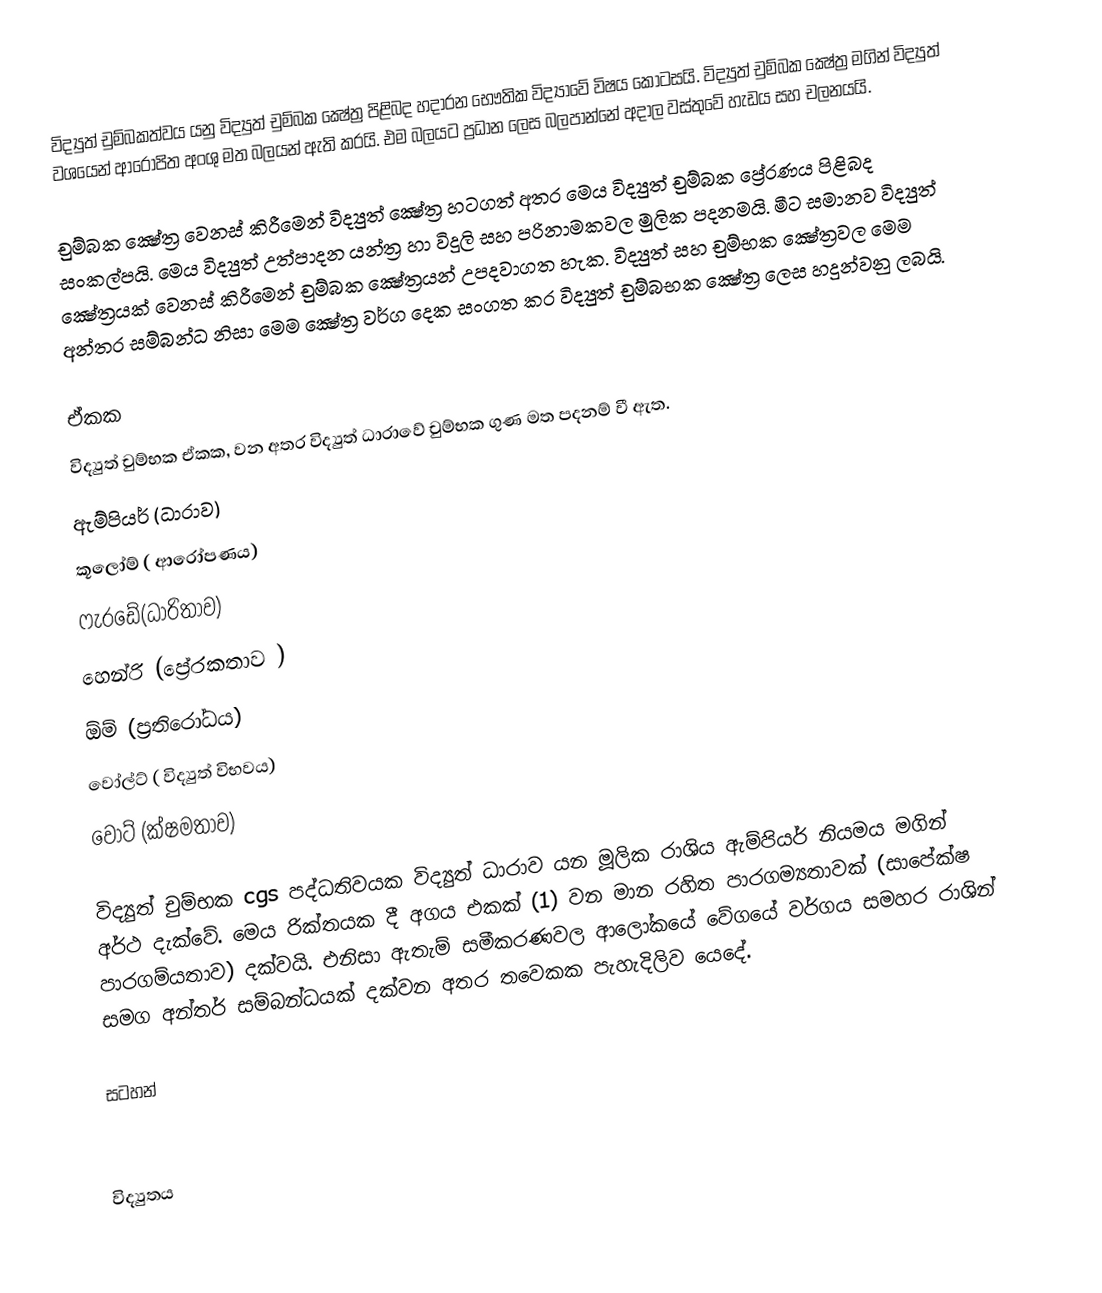
විද්‍යුත් චුම්බකත්වය යනු විද්‍යුත් චුම්බක ක්‍ෂේත්‍ර පිළිබද හදාරන භෞතික විද්‍යාවේ විෂය  කොටසයි. විද්‍යුත් චුම්බක ක්‍ෂේත්‍ර මගින් විද්‍යුත් වශයෙන් ආ‍රෝපිත අංශු මත බලයන් ඇති කරයි. එම බලයට ප්‍රධාන ලෙස බලපාන්නේ අදාල වස්තුවේ හැඩය සහ චලනයයි.

චුම්බක ක්‍ෂේත්‍ර වෙනස් කිරීමෙන් විද්‍යුත් ක්‍ෂේත්‍ර හටගත් අතර මෙය විද්‍යුත් චුම්බක ප්‍රේරණය පිළිබද සංකල්පයි. මෙය විද්‍යුත් උත්පාදන යන්ත්‍ර හා විදුලි සහ පරිනාමකවල මුලික පදනමයි. මීට සමානව විද්‍යුත් ක්‍ෂේත්‍රයක් වෙනස් කිරීමෙන් චුම්බක ක්‍ෂේත්‍රයන් උපදවාගත හැක.  විද්‍යුත් සහ චුම්භක ක්‍ෂේත්‍රවල මෙම අන්තර සම්බන්ධ නිසා මෙම ක්‍ෂේත්‍ර වර්ග දෙක සංගත කර විද්‍යුත් චුම්බභක ක්‍ෂේත්‍ර ලෙස හදුන්වනු ලබයි.

ඒකක
විද්‍යුත් චුම්භක ඒකක, වන අතර විද්‍යුත් ධාරාවේ චුම්භක ගුණ මත පදනම් වී ඇත.
	ඇම්පියර් (ධාරාව)
	කූලෝම් ( ආරෝපණය)
	ෆැරඩේ(ධාරිතාව)
	හෙන්රි (ප්‍රේරකතාව )
	ඕම් (ප්‍රතිරෝධය)
	වෝල්ට් ( විද්‍යුත් විභවය)
	වොට් (ක්ෂමතාව)

විද්‍යුත් චුම්භක cgs පද්ධතිවයක විද්‍යුත් ධාරාව යන මූලික රාශිය ඇම්පියර් නියමය ‍මගින් අර්ථ දැක්වේ. මෙය රික්තයක දී අගය එකක් (1) වන මාන රහිත පාරගම්‍යතාවක් (සාපේක්ෂ පාරගම්යතාව) දක්වයි. එනිසා ඇතැම් සමීකරණවල ආලෝකයේ වේගයේ වර්ගය සමහර රාශින් සමග අන්තර් සම්බන්ධයක් දක්වන අතර තවෙකක පැහැදිලිව යෙදේ.

සටහන්

විද්‍යුතය